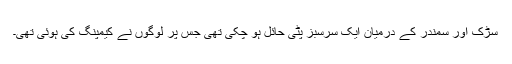
سڑک اور سمندر کے درمیان ایک سرسبز پٹی حائل ہو چکی تھی جس پر لوگوں نے کیمپنگ کی ہوئی تھی۔